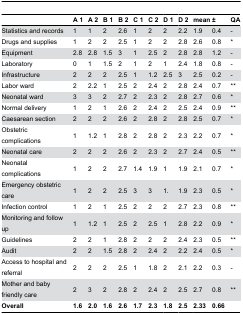
<table><thead><tr><td></td><td><b>A 1</b></td><td><b>A 2</b></td><td><b>B 1</b></td><td><b>B 2</b></td><td><b>C 1</b></td><td><b>C 2</b></td><td><b>D 1</b></td><td><b>D 2</b></td><td><b>mean</b></td><td><b>±</b></td><td><b>QA</b></td></tr></thead><tbody><tr><td>Statistics and records</td><td>1</td><td>1</td><td>2</td><td>2.6</td><td>1</td><td>2</td><td>2</td><td>2.2</td><td>1.9</td><td>0.4</td><td>-</td></tr><tr><td>Drugs and supplies</td><td>1</td><td>2</td><td>2</td><td>2.5</td><td>1</td><td>2</td><td>2</td><td>2.8</td><td>2.6</td><td>0.8</td><td>*</td></tr><tr><td>Equipment </td><td>2.8</td><td>2.8</td><td>1.5</td><td>3</td><td>1</td><td>2.5</td><td>2</td><td>2.8</td><td>2.8</td><td>1.2</td><td>-</td></tr><tr><td>Laboratory</td><td>0</td><td>1</td><td>1.5</td><td>2</td><td>1</td><td>2</td><td>1</td><td>2.4</td><td>1.8</td><td>0.8</td><td>-</td></tr><tr><td>Infrastructure</td><td>2</td><td>2</td><td>2</td><td>2.5</td><td>1</td><td>1.2</td><td>2.5</td><td>3</td><td>2.5</td><td>0.2</td><td>-</td></tr><tr><td>Labor ward</td><td>2</td><td>2.2</td><td>1</td><td>2.5</td><td>2</td><td>2.4</td><td>2</td><td>2.8</td><td>2.4</td><td>0.7</td><td>**</td></tr><tr><td>Neonatal ward</td><td>3</td><td>3</td><td>2</td><td>2.7</td><td>2</td><td>2.3</td><td>2</td><td>2.8</td><td>2.7</td><td>0.6</td><td>*</td></tr><tr><td>Normal delivery</td><td>1</td><td>2</td><td>1</td><td>2.6</td><td>2</td><td>2.4</td><td>2</td><td>2.5</td><td>2.4</td><td>0.9</td><td>**</td></tr><tr><td>Caesarean section</td><td>2</td><td>2</td><td>2</td><td>2.6</td><td>2</td><td>2.8</td><td>2</td><td>2.8</td><td>2.5</td><td>0.7</td><td>*</td></tr><tr><td>Obstetric complications</td><td>1</td><td>1.2</td><td>1</td><td>2.8</td><td>2</td><td>2.8</td><td>2</td><td>2.3</td><td>2.2</td><td>0.7</td><td>*</td></tr><tr><td>Neonatal care </td><td>2</td><td>2</td><td>2</td><td>2.6</td><td>2</td><td>2.3</td><td>2</td><td>2.7</td><td>2.4</td><td>0.5</td><td>**</td></tr><tr><td>Neonatal complications</td><td>1</td><td>2</td><td>2</td><td>2.7</td><td>1.4</td><td>1.9</td><td>1</td><td>1.9</td><td>2.1</td><td>0.7</td><td>*</td></tr><tr><td>Emergency obstetric care</td><td>1</td><td>2</td><td>2</td><td>2.5</td><td>3</td><td>3</td><td>1.</td><td>1.9</td><td>2.3</td><td>0.5</td><td>*</td></tr><tr><td>Infection control</td><td>1</td><td>2</td><td>1</td><td>2.5</td><td>2</td><td>2</td><td>2</td><td>2.7</td><td>2.3</td><td>0.8</td><td>**</td></tr><tr><td>Monitoring and follow up</td><td>1</td><td>1.2</td><td>1</td><td>2.5</td><td>2</td><td>2.5</td><td>1</td><td>2.8</td><td>2.2</td><td>0.9</td><td>*</td></tr><tr><td>Guidelines</td><td>2</td><td>2</td><td>1</td><td>2.8</td><td>2</td><td>2</td><td>2</td><td>2.4</td><td>2.3</td><td>0.5</td><td>**</td></tr><tr><td>Audit</td><td>2</td><td>2</td><td>1.5</td><td>2.8</td><td>2</td><td>2.4</td><td>2</td><td>2.2</td><td>2.4</td><td>0.5</td><td>*</td></tr><tr><td>Access to hospital and referral</td><td>2</td><td>2</td><td>2</td><td>2.5</td><td>1</td><td>1.8</td><td>2</td><td>2.1</td><td>2.2</td><td>0.3</td><td>-</td></tr><tr><td>Mother and baby friendly care</td><td>2</td><td>3</td><td>2</td><td>2.8</td><td>2</td><td>2.4</td><td>2</td><td>2.5</td><td>2.7</td><td>0.8</td><td>**</td></tr><tr><td><b>Overall</b></td><td><b>1.6</b></td><td><b>2.0</b></td><td><b>1.6</b></td><td><b>2.6</b></td><td><b>1.7</b></td><td><b>2.3</b></td><td><b>1.8</b></td><td><b>2.5</b></td><td><b>2.33</b></td><td><b>0.66</b></td><td></td></tr></tbody></table>